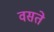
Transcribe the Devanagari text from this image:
वसते